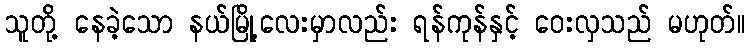
သူတို့ နေခဲ့သော နယ်မြို့လေးမှာလည်း ရန်ကုန်နှင့် ဝေးလှသည် မဟုတ်။